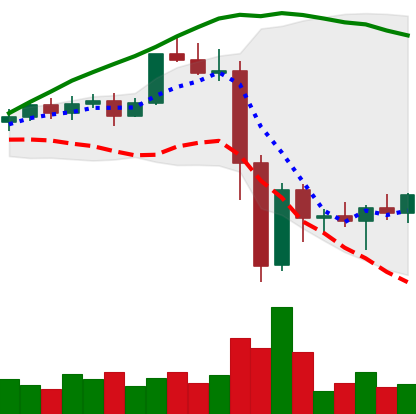
Ticker: XMR-USD
Chart end date: 2022-11-16
Forward return: -4.337%
Label: down_3_5